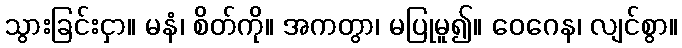
သွားခြင်းငှာ။ မနံ၊ စိတ်ကို။ အကတွာ၊ မပြုမူ၍။ ဝေဂေန၊ လျင်စွာ။